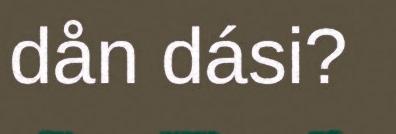
dån dási?